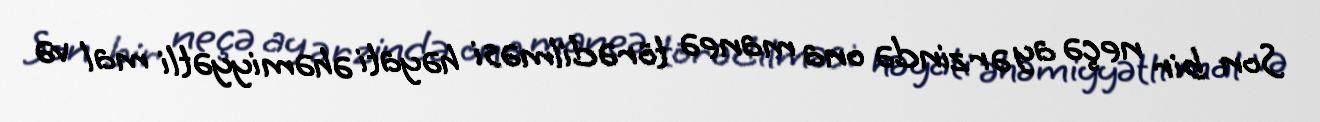
Son bir neçə ay ərzində ona maneə törədilməsi həyati əhəmiyyətli mal və